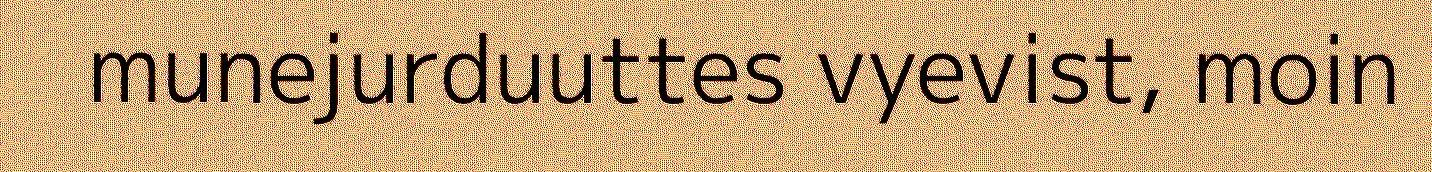
munejurduuttes vyevist, moin